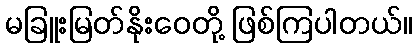
မခြူးမြတ်နိုးဝေတို့ ဖြစ်ကြပါတယ်။